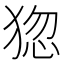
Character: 㺀